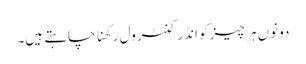
دونوں ہر چیز کو انڈر کنٹرول رکھنا چاہتے ہیں۔